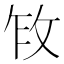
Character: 𫾩